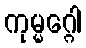
ကုမ္မဂ္ဂေါ